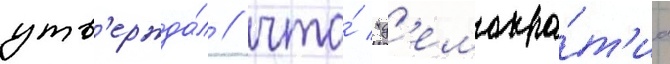
утв'ержда́л / что́ "д'емокра́т'иа